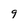
Character: 9